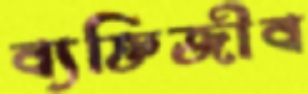
ব্যক্তিজীব